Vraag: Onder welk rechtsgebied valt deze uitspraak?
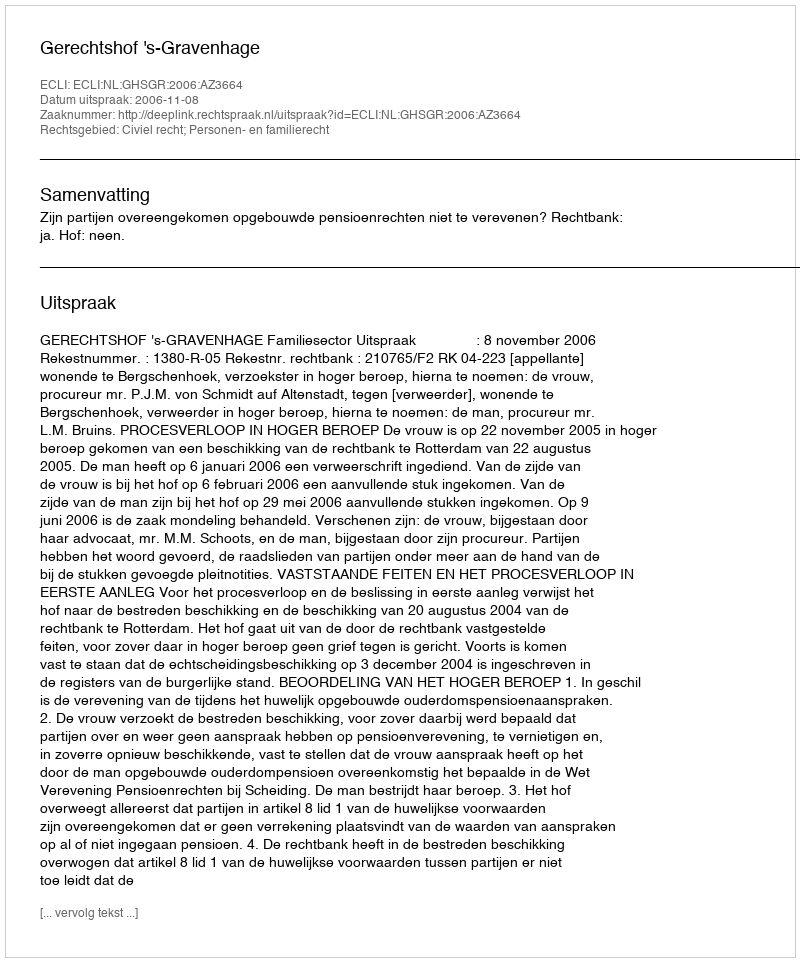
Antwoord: Civiel recht; Personen- en familierecht